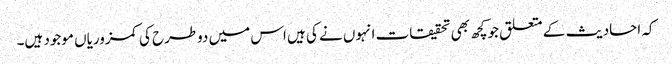
کہ احادیث کے متعلق جوکچھ بھی تحقیقات انہوں نے کی ہیں اس میں دوطرح کی کمزوریاں موجود ہیں۔